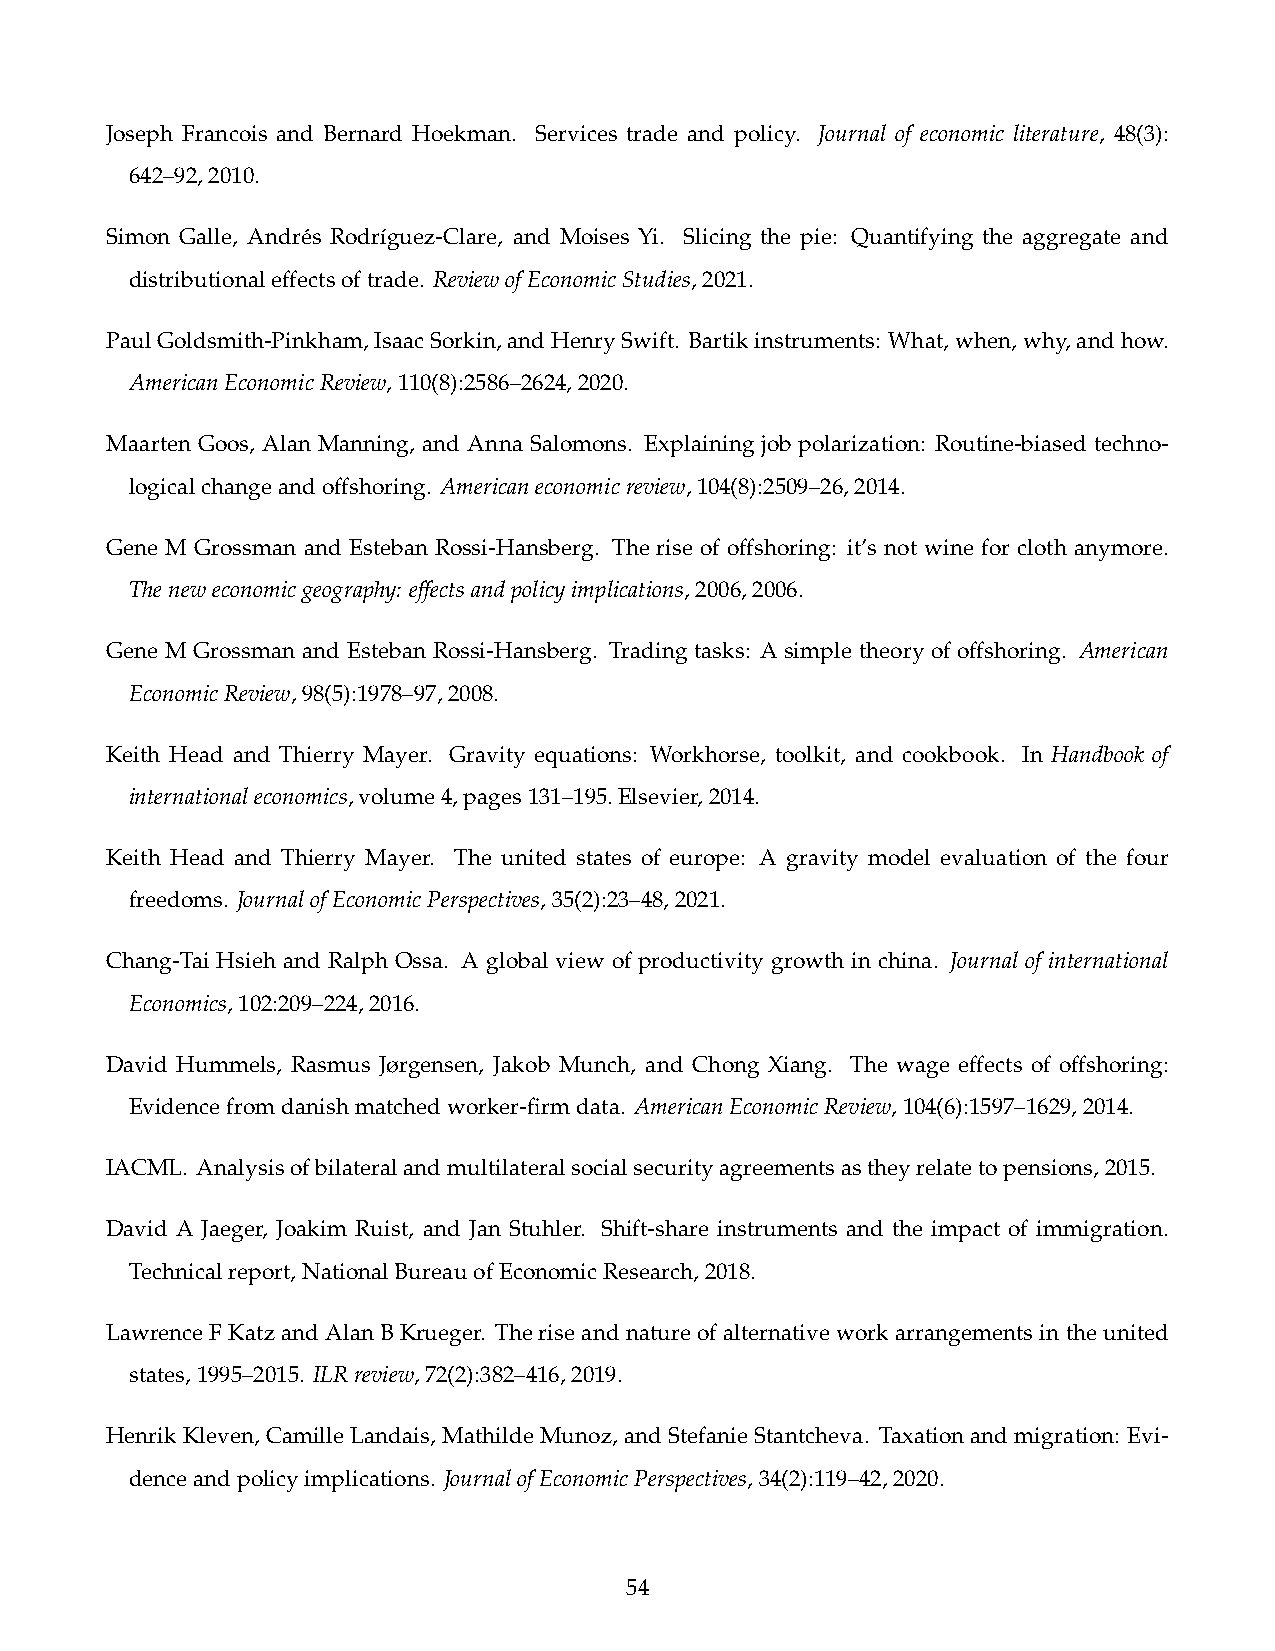
Joseph Francois and Bernard Hoekman. Services trade and policy. Journal of economic literature, 48(3):
 642–92,2010.
 Simon Galle, Andrés Rodríguez-Clare, and Moises Yi. Slicing the pie: Quantifying the aggregate and
 distributionaleffectsoftrade. ReviewofEconomicStudies,2021.
 PaulGoldsmith-Pinkham,IsaacSorkin,andHenrySwift. Bartikinstruments: What,when,why,andhow.
 AmericanEconomicReview,110(8):2586–2624,2020.
 Maarten Goos, Alan Manning, and Anna Salomons. Explaining job polarization: Routine-biased techno-
 logicalchangeandoffshoring. Americaneconomicreview,104(8):2509–26,2014.
 Gene M Grossman and Esteban Rossi-Hansberg. The rise of offshoring: it’s not wine for cloth anymore.
 Theneweconomicgeography: effectsandpolicyimplications,2006,2006.
 Gene M Grossman and Esteban Rossi-Hansberg. Trading tasks: A simple theory of offshoring. American
 EconomicReview,98(5):1978–97,2008.
 Keith Head and Thierry Mayer. Gravity equations: Workhorse, toolkit, and cookbook. In Handbook of
 internationaleconomics,volume4,pages131–195.Elsevier,2014.
 Keith Head and Thierry Mayer. The united states of europe: A gravity model evaluation of the four
 freedoms. JournalofEconomicPerspectives,35(2):23–48,2021.
 Chang-Tai Hsieh and Ralph Ossa. A global view of productivity growth in china. Journal of international
 Economics,102:209–224,2016.
 David Hummels, Rasmus Jørgensen, Jakob Munch, and Chong Xiang. The wage effects of offshoring:
 Evidencefromdanishmatchedworker-firmdata. AmericanEconomicReview,104(6):1597–1629,2014.
 IACML. Analysisofbilateralandmultilateralsocialsecurityagreementsastheyrelatetopensions,2015.
 David A Jaeger, Joakim Ruist, and Jan Stuhler. Shift-share instruments and the impact of immigration.
 Technicalreport,NationalBureauofEconomicResearch,2018.
 LawrenceFKatzandAlanBKrueger. Theriseandnatureofalternativeworkarrangementsintheunited
 states,1995–2015. ILRreview,72(2):382–416,2019.
 HenrikKleven,CamilleLandais,MathildeMunoz,andStefanieStantcheva. Taxationandmigration: Evi-
 denceandpolicyimplications. JournalofEconomicPerspectives,34(2):119–42,2020.
 54